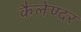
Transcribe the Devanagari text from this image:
कैलेण्दर